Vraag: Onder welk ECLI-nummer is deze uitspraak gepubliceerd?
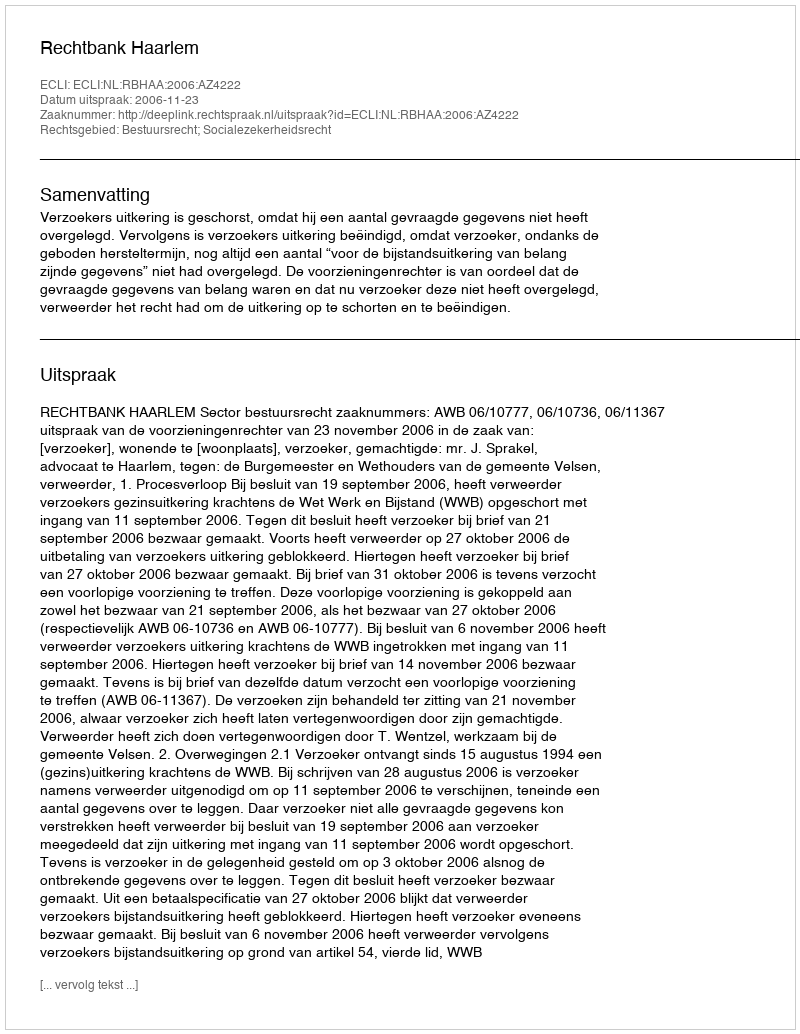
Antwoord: ECLI:NL:RBHAA:2006:AZ4222